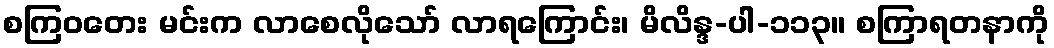
စကြဝတေး မင်းက လာစေလိုသော် လာရကြောင်း၊ မိလိန္ဒ-ပါ-၁၁၃။ စကြာရတနာကို